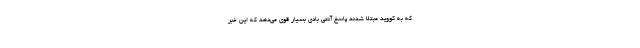
که به کووید مبتلا شدند پاسخ آنتی بادی بسیار قوی می‌دهد که این خبر